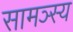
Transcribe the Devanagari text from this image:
सामञ्स्य